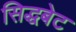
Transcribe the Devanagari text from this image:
सिद्धबेट